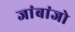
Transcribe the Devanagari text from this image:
जांबांजो